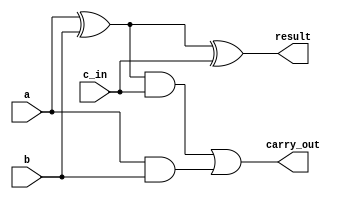
module adder1Bit_Verilog(a,b,c_in,carry_out,result);
    input a,b,c_in;
    output carry_out, result;
    wire t1,t2,t3; 
	 xor xor1 (t1,a,b); //t1 = first xor gate, a XOR b
	 xor xor2 (result,t1,c_in);	//result = result of second xor gate, t1 XOR c_in
	 and and1 (t2,t1,c_in);	//t2 = and gates determining the carries, t1 AND c_in
	 and and2 (t3,a,b);
	 or or1 (carry_out,t2,t3);	//determine the carry out

endmodule